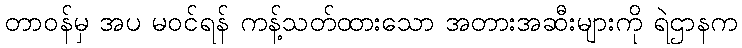
တာဝန်မှ အပ မဝင်ရန် ကန့်သတ်ထားသော အတားအဆီးများကို ရဲဌာနက